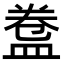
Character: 𥁸